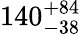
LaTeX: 140_{-38}^{+84}